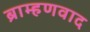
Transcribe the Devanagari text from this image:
ब्राम्हणवाद